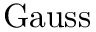
\mathrm { G a u s s }